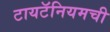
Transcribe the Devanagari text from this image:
टायटॅनियमची